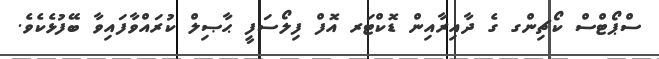
ސްޕޯޓްސް ކޯޗިންގ ގެ ދާއިރާއިން ޑޮކްޓަރ އޮފް ފިލޯސަފީ ޙާޞިލް ކުރައްވާފައިވާ ބޭފުޅެކެވެ.